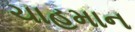
ચાહમાન